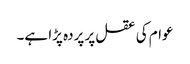
عوام کی عقل پر پردہ پڑا ہے۔